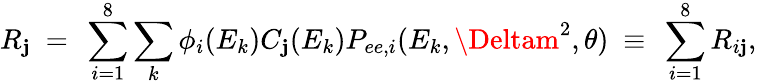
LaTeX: R_{\mathbf{j}}~=~\sum_{i=1}^{8}\sum_{k}\phi_{i}(E_{k})C_{\mathbf{j}}(E_{k})P_{ee,i}(E_{k},\Deltam^{2},\theta)~\equiv~\sum_{i=1}^{8}R_{i\mathbf{j}},